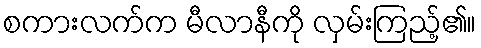
စကားလက်က မီလာနီကို လှမ်းကြည့်၏။